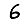
Digit: 6